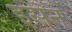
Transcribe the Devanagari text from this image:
इसेन